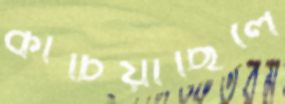
কাচিয়াছিলে